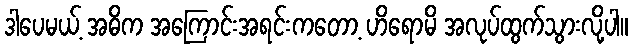
ဒါပေမယ့် အဓိက အကြောင်းအရင်းကတော့ ဟိရောမိ အလုပ်ထွက်သွားလို့ပါ။